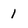
Character: 1